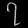
Digit: ၇